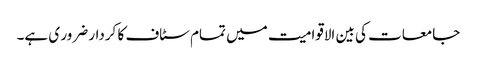
جامعات کی بین الاقوامیت میں تمام سٹاف کا کردار ضرور ی ہے۔